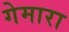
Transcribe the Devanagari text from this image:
गेमारा